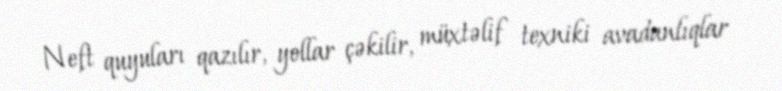
Neft quyuları qazılır, yollar çəkilir, müxtəlif texniki avadanlıqlar